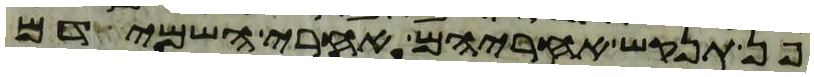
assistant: פן תנקש אחריהם אחרי השמידם